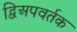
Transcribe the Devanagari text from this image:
द्विअपवर्तक